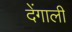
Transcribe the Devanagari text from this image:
देंगाली